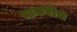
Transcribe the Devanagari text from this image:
भाकरीच